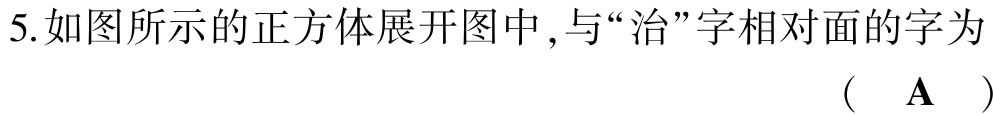
5.如图所示的正方体展开图中,与“治”字相对面的字为

（  $\mathbf{A}$  ）